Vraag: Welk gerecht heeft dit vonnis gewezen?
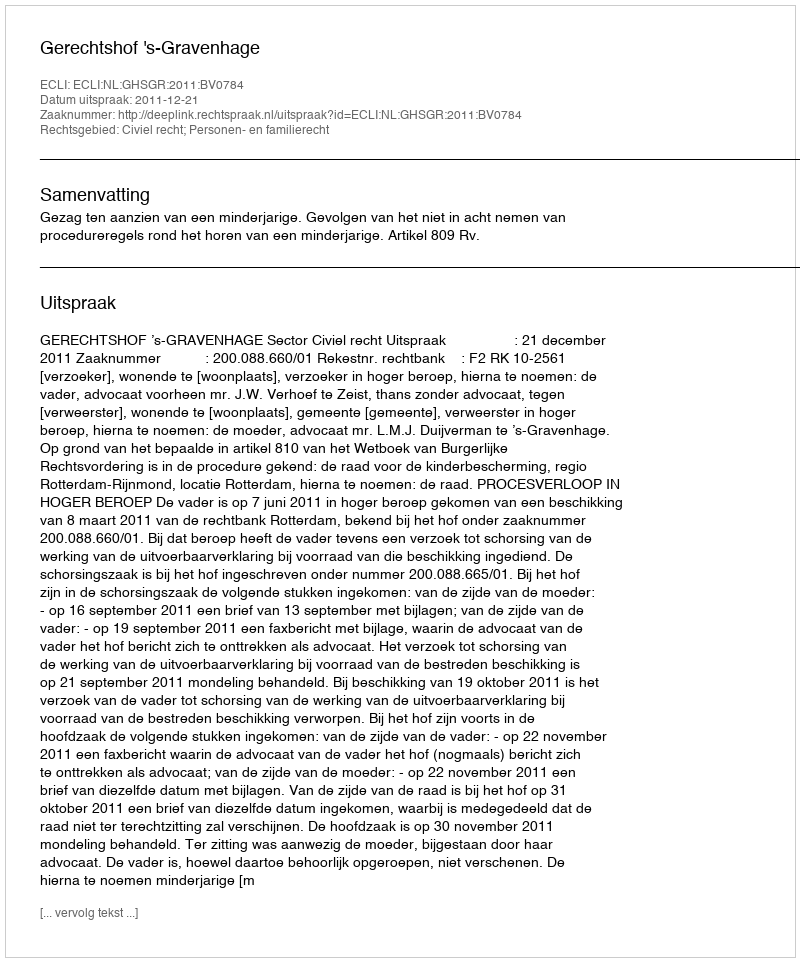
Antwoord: Gerechtshof 's-Gravenhage